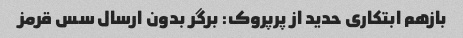
بازهم ابتکاری حدید از پرپروک: برگر بدون ارسال سس قرمز